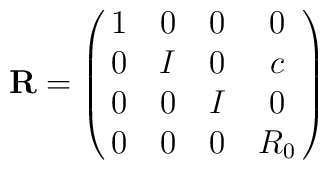
{\bf R}=\pmatrix{1&0&0&0\cr 0&I&0 & c\cr 0&0&I&0\cr 0&0&0&R_0}